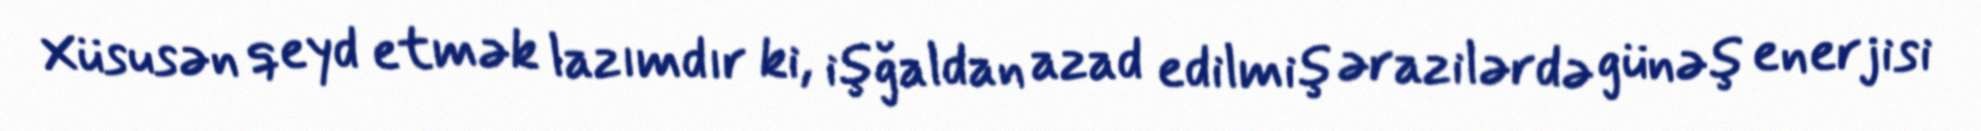
Xüsusən qeyd etmək lazımdır ki, işğaldan azad edilmiş ərazilərdə günəş enerjisi